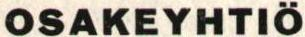
OSAKEYHTIÖ